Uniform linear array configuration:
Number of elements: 4
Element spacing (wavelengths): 0.25
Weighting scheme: uniform
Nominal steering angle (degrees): -15
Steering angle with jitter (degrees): -16.554
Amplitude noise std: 0.05
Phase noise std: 0.05

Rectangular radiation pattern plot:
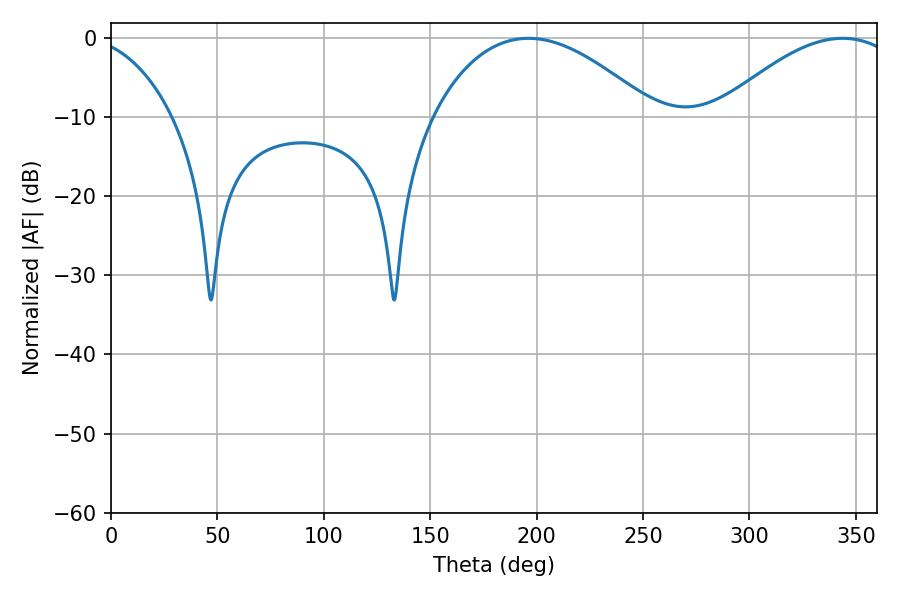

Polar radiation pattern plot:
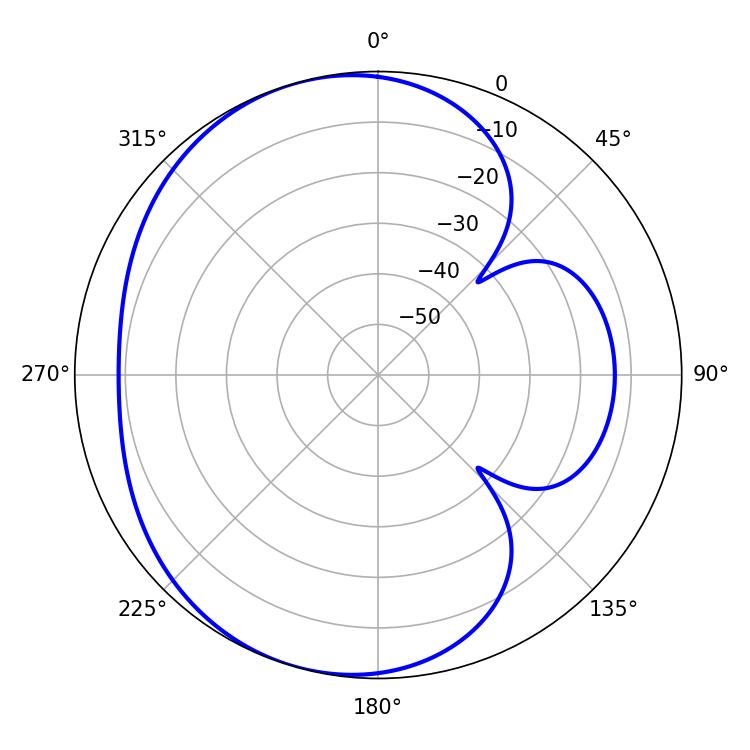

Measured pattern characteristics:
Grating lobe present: FALSE
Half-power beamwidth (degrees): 57.78
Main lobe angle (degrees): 196.2